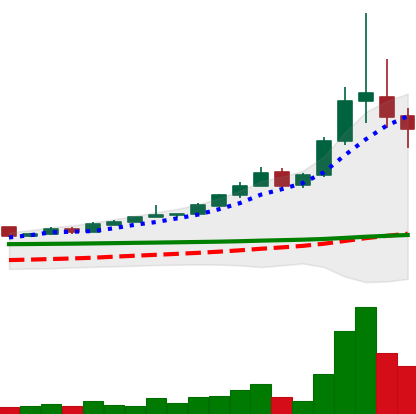
Ticker: BTC-USD
Chart end date: 2015-11-06
Forward return: -16.927%
Label: down_7plus